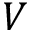
V